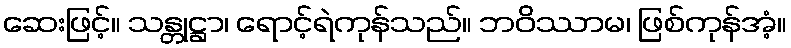
ဆေးဖြင့်။ သန္တုဋ္ဌာ၊ ရောင့်ရဲကုန်သည်။ ဘဝိဿာမ၊ ဖြစ်ကုန်အံ့။